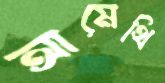
আমেথি